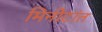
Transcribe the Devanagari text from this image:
मिनीटांत